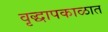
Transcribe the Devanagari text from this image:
वृद्धापकाळात